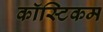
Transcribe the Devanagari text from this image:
कॉस्टिकम